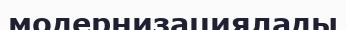
модернизациялады